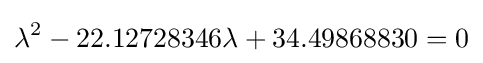
\lambda ^{2}-22.12728346\lambda +34.49868830=0